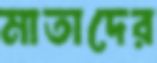
মাতাদের